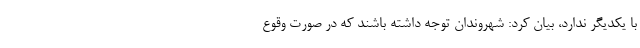
با یکدیگر ندارد، بیان کرد: شهروندان توجه داشته باشند که در صورت وقوع